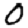
Digit: 0